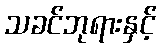
သခင်ဘုရားနှင့်